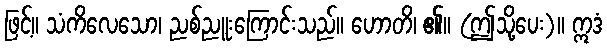
ဖြင့်။ သံကိလေသော၊ ညစ်ညူးကြောင်းသည်။ ဟောတိ၊ ၏။ (ဤသို့ပေး)။ ဣဒံ